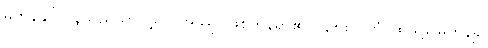
မကုန်နိုင်ကုန်သည်သာလျှင်။ အဿု၊ ဖြစ်ကုန်ရာ၏။ (၃၈၈) တံ၊ ထိုသို့မြေကုန်၍